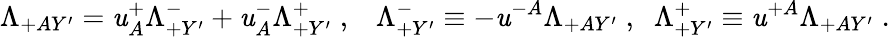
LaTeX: \Lambda_{+AY^{\prime}}=\mathit{u}_{A}^{+}\Lambda_{+Y^{\prime}}^{-}+\mathit{u}_{A}^{-}\Lambda_{+Y^{\prime}}^{+}\; ,\; \; \; \Lambda_{+Y^{\prime}}^{-}\equiv-\mathit{u}^{-A}\Lambda_{+AY^{\prime}}\; ,\; \; \Lambda_{+Y^{\prime}}^{+}\equiv\mathit{u}^{+A}\Lambda_{+AY^{\prime}}\; .